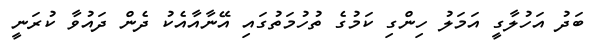
ބަދު އަހުލާގީ އަމަލު ހިންގި ކަމުގެ ތުހުމަތުގައި އޭނާއާއެކު ދެން ދައުވާ ކުރަނީ